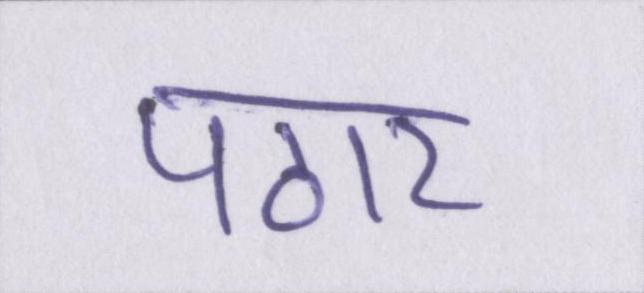
पठार